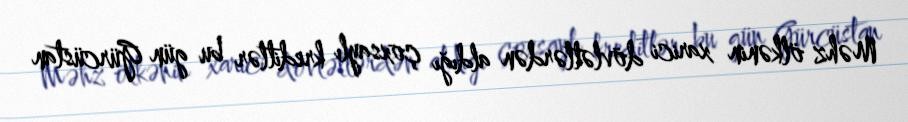
Məhz ölkənin xarici dövlətlərdən aldığı çoxsaylı kreditlər bu gün Gürcüstan